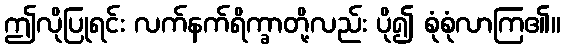
ဤလိုပြုရင်း လက်နက်ရိက္ခာတို့လည်း ပို၍ စုံစုံလာကြ၏။